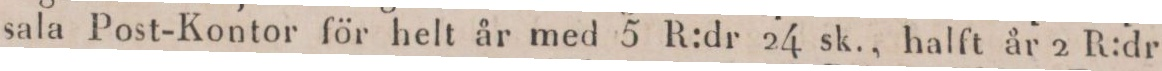
sala Post-Kontor för helt år med 5 R:dr 24 sk., halft år 2 R:dr